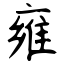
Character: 雍